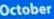
October